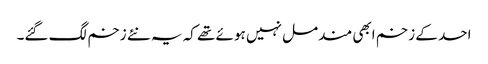
احد کے زخم ابھی مندمل نہیں ہوئے تھے کہ یہ نئے زخم لگ گئے۔